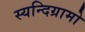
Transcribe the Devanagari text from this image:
स्यन्दिग्रामो